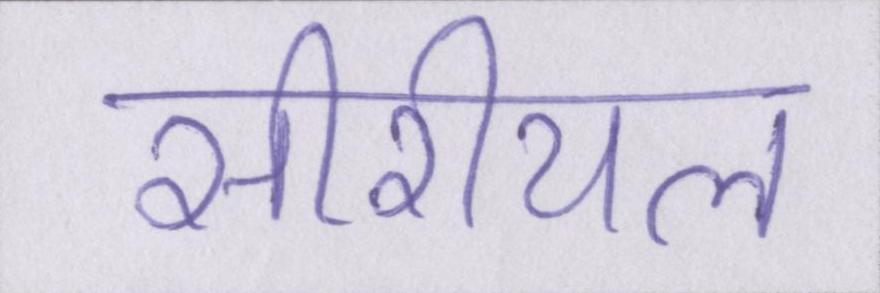
सीरीयल